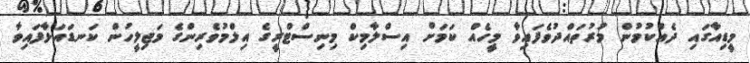
މީޑިއާގައި ދެއްކުމުން މުރުތައްދުވެފައިވާ މީހެއް ކަމަށް އިސްލާމިކް މިނިސްޓްރީގެ އިލްމުވެރިންގެ މަޖިލީހުން ކަނޑައަޅާފައިވާ